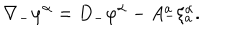
\nabla _ { - } \varphi ^ { \alpha } = D _ { - } \varphi ^ { \alpha } - A _ { - } ^ { a } \xi _ { a } ^ { \alpha } .